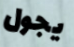
يجول